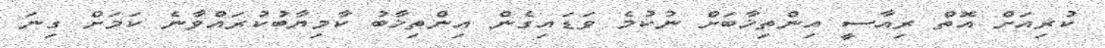
ކުރިއަށް އޮތް ރިއާސީ އިންތިޚާބަށް ނުކުމެ ވަޑައިގެން އިންތިޚާބު ކާމިޔާބުކުރައްވާނެ ކަމަށް ގިނަ